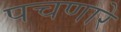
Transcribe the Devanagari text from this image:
पचणारे